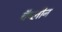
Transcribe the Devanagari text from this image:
चॅप्लीन